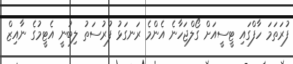
ފުރަތަމަ ހާފްގައި ޓީސީއަށް ގޯލްޖަހާނެ އެންމެ ރަނގަޅު ފުރުސަތު ލިބުނީ އެޓީމުގެ ނާއިޒް